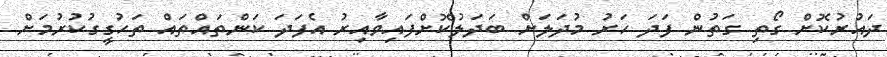
ދައުރުކޮށް ގޯތި ގަތުން ފަދަ ހަރު މުދަލަށް ބަދަލުކޮށްފައިވާއިރު އެފަދަ ކަންތައްތައް ތަހުގީގުކުރުމަށް